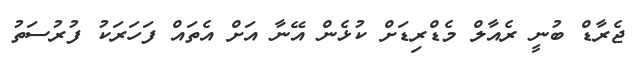
ޖެރާޑް ބުނީ ރެއާލް މެޑްރިޑަށް ކުޅެން އޭނާ އަށް އެތައް ފަހަރަކު ފުރުސަތު